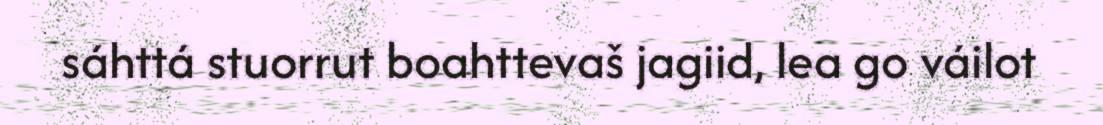
sáhttá stuorrut boahttevaš jagiid, lea go váilot